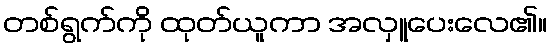
တစ်ရွက်ကို ထုတ်ယူကာ အလှူပေးလေ၏။